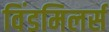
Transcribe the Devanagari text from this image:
विंडमिलर्स